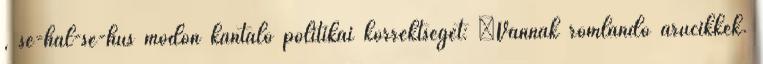
, se-hal-se-hús módon kántáló politikai korrektséget: „Vannak romlandó árucikkek.